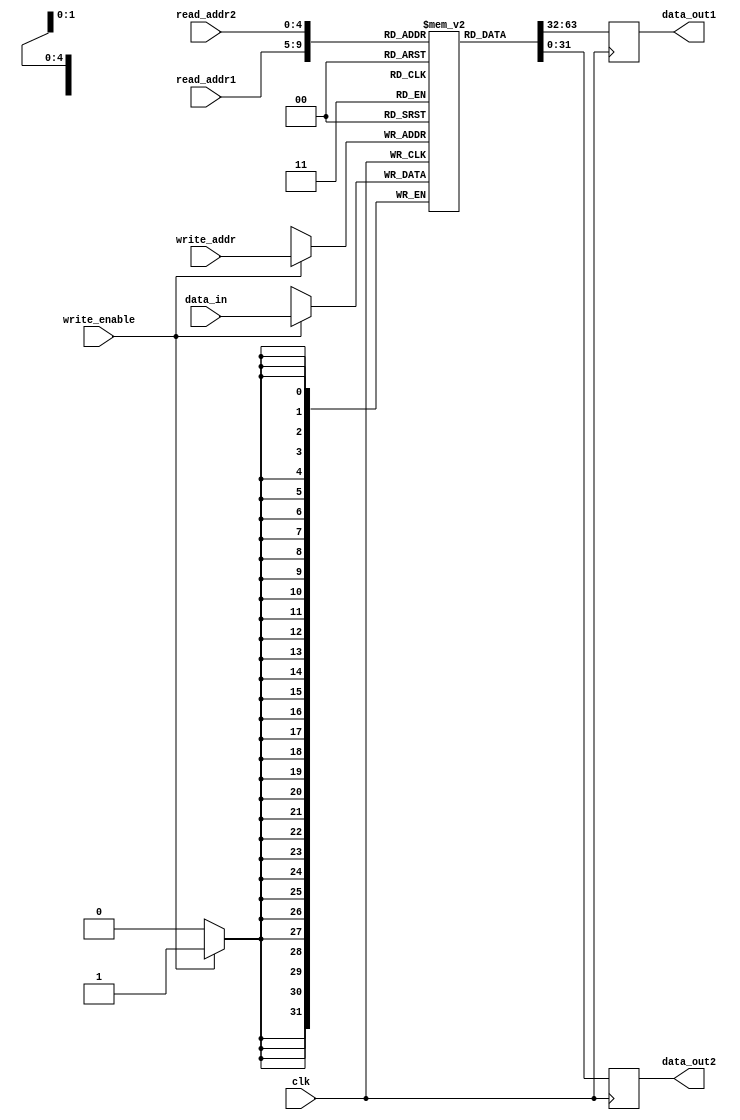
module register_file (
    input clk,                    // Clock input
    input [4:0] read_addr1,       // Read address for port 1
    input [4:0] read_addr2,       // Read address for port 2
    input [4:0] write_addr,       // Write address
    input [31:0] data_in,         // Data input for write port
    input write_enable,           // Write enable signal
    output reg [31:0] data_out1,  // Data output for read port 1
    output reg [31:0] data_out2   // Data output for read port 2
);

reg [31:0] memory [31:0];       // Memory array of 32 memory blocks

always @(posedge clk) begin
    if (write_enable) begin
        memory[write_addr] <= data_in;
    end
    data_out1 <= memory[read_addr1];
    data_out2 <= memory[read_addr2];
end

endmodule